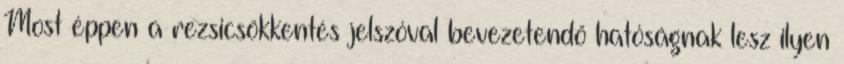
Most éppen a rezsicsökkentés jelszóval bevezetendő hatóságnak lesz ilyen